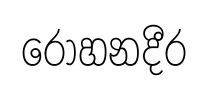
රෝහනදීර